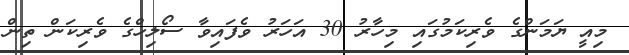
މިއީ ޔަމަންގެ ވެރިކަމުގައި މިހާރު 30 އަހަރު ވެފައިވާ ސޯލިހްގެ ވެރިކަން ތިން